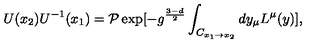
U ( x _ { 2 } ) U ^ { - 1 } ( x _ { 1 } ) = { \cal P } \exp [ - g ^ { \frac { 3 - d } { 2 } } \int _ { C _ { x _ { 1 } \to x _ { 2 } } } d y _ { \mu } L ^ { \mu } ( y ) ] ,